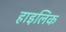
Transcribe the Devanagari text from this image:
हाइलिक